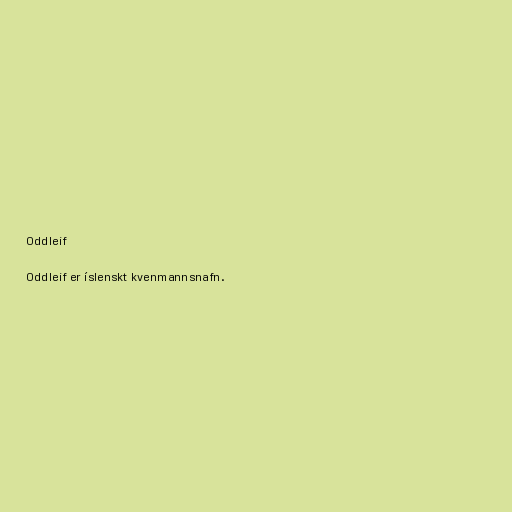
Oddleif

Oddleif er íslenskt kvenmannsnafn.